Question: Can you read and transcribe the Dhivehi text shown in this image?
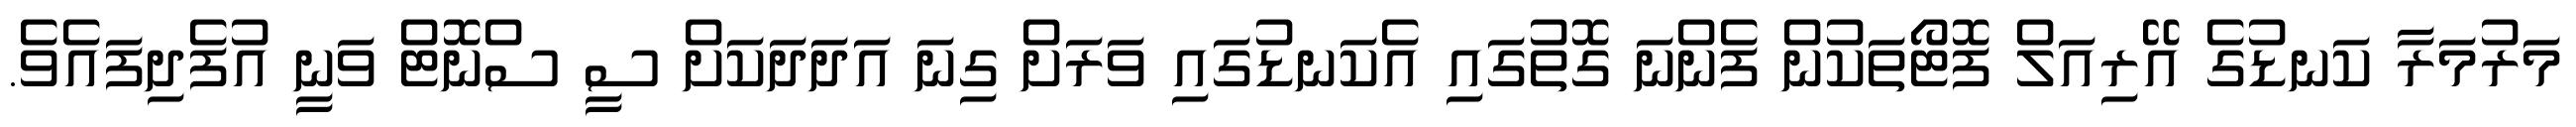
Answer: މަރުމަރާ ކަނޑުގެ އޭރިއަލް ފޮޓޯތަކުން ފެންނަ ގޮތުގައި އެކަނޑުގައި ވަރަށް ގިނަ އަދަދަކަށް ސީ ސްނޮޓް ވަނީ އުފެދިފައެވެ.